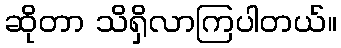
ဆိုတာ သိရှိလာကြပါတယ်။